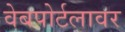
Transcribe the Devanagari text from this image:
वेबपोर्टलावर